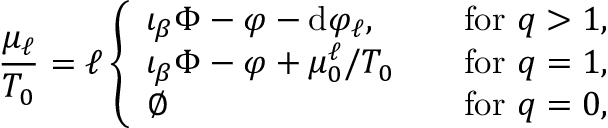
\frac { \mu _ { \ell } } { T _ { 0 } } = \ell \left\{ \begin{array} { l l } { \iota _ { \beta } \Phi - \varphi - \mathrm { d } \varphi _ { \ell } , } & { \quad \mathrm { f o r ~ } q > 1 , } \\ { \iota _ { \beta } \Phi - \varphi + \mu _ { 0 } ^ { \ell } / T _ { 0 } } & { \quad \mathrm { f o r ~ } q = 1 , } \\ { \varnothing } & { \quad \mathrm { f o r ~ } q = 0 , } \end{array} \right.